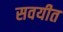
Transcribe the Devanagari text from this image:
सवयीत